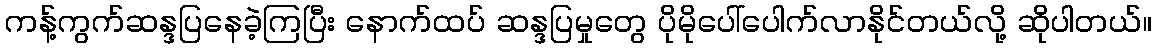
ကန့်ကွက်ဆန္ဒပြနေခဲ့ကြပြီး နောက်ထပ် ဆန္ဒပြမှုတွေ ပိုမိုပေါ်ပေါက်လာနိုင်တယ်လို့ ဆိုပါတယ်။